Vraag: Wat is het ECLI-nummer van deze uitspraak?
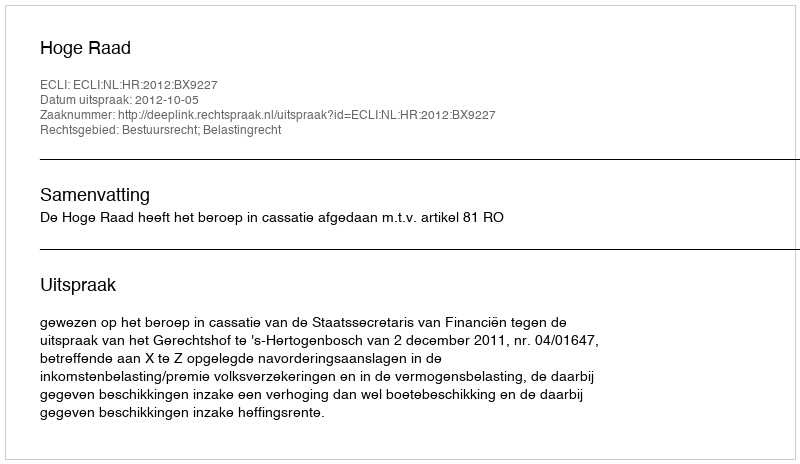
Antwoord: ECLI:NL:HR:2012:BX9227